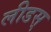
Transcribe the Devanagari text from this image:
लीडस्